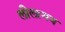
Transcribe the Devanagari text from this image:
लीलामय